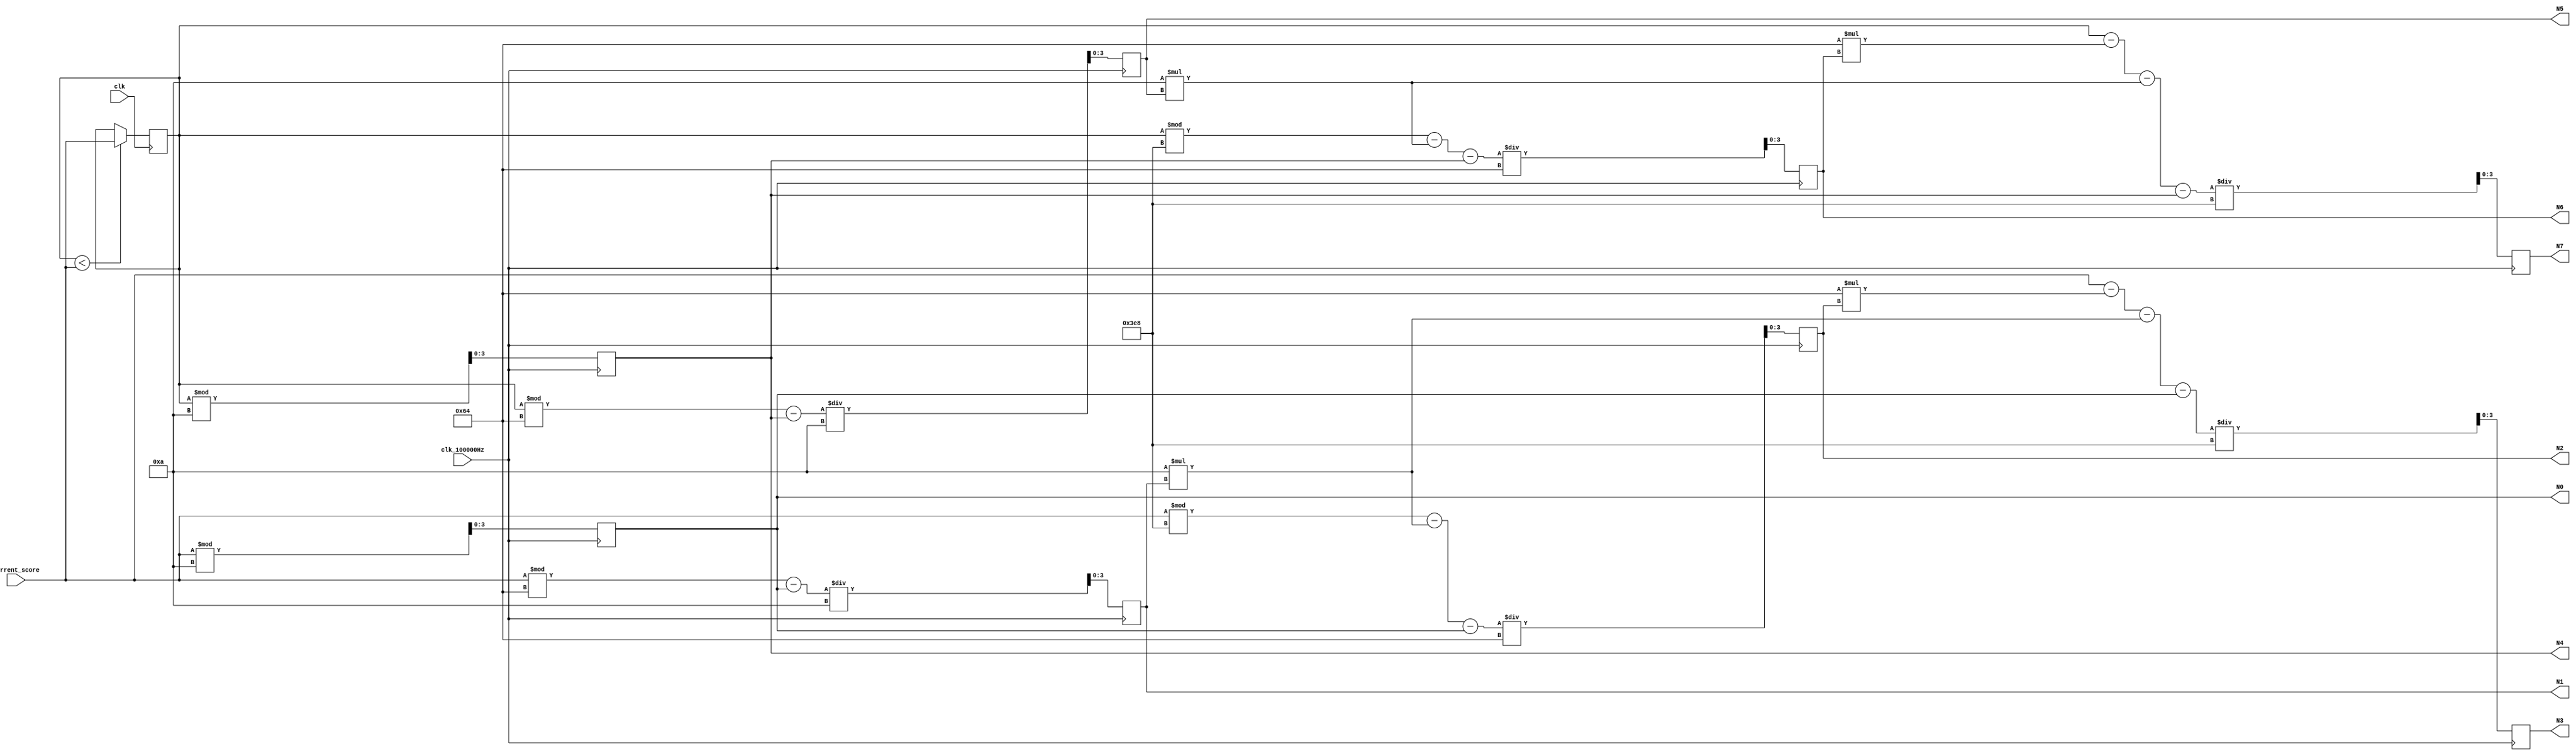
`timescale 1ns / 1ps

module Showscore(
      input clk,
      input [31:0]current_score,
      input clk_100000Hz,
      output reg[3:0]N0,
      output reg[3:0]N1,
      output reg[3:0]N2,
      output reg[3:0]N3,
      output reg[3:0]N4,
      output reg[3:0]N5,
      output reg[3:0]N6,
      output reg[3:0]N7
      );
      
      reg [31:0]highest_score = 0;
      
      always@(posedge clk)
        if(highest_score<current_score)
              highest_score=current_score;
        else highest_score=highest_score;


    //4 numbers  
        always@(posedge clk_100000Hz)
        begin
            N0<=current_score%10;
            N1<=(current_score%100-N0)/10;
            N2<=(current_score%1000-10*N1-N0)/100;
            N3<=(current_score-100*N2-10*N1-N0)/1000;
             
            N4<=highest_score%10;
            N5<=(highest_score%100-N4)/10;
            N6<=(highest_score%1000-10*N5-N4)/100;
            N7<=(highest_score-100*N6-10*N5-N4)/1000;   
        end
        
endmodule